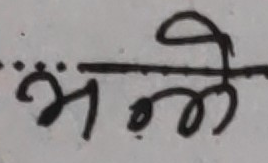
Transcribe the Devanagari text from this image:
भले